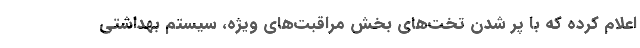
اعلام کرده که با پر شدن تخت‌های بخش مراقبت‌های ویژه، سیستم بهداشتی